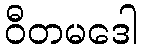
ဝီတမဒေါ